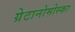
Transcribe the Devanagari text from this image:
ग्रेटानोमोस्का